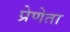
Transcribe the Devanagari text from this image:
प्रेणेता